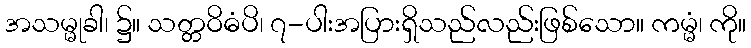
အသမ္မုခါ၊ ၌။ သတ္တဝိဓံပိ၊ ၇-ပါးအပြားရှိသည်လည်းဖြစ်သော။ ကမ္မံ၊ ကို။